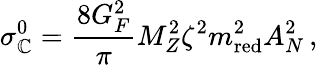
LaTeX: \sigma_{\mathbb{C}}^{0}=\frac{{8G_{F}^{2}}}{{\pi}}M_{Z}^{2}\zeta^{2}m_{\mathrm{{red}}}^{2}A_{N}^{2}\, ,